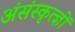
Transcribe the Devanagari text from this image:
अंसंस्कृत्ज्ञों